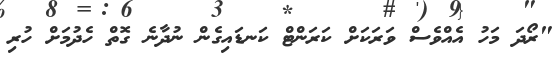
"ރޯދަ މަހު އެއްވެސް ވަރަކަށް ކަރަންޓް ކަނޑައިގެން ނުދާނެ ގޮތް ހެދުމަށް ހުރި